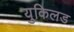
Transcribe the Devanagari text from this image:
युकिलड